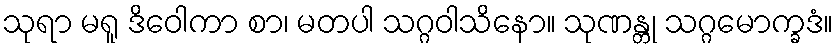
သုရာ မရူ ဒိဝေါကာ စာ၊ မတပါ သဂ္ဂဝါသိနော။ သုဏန္တု သဂ္ဂမောက္ခဒံ။